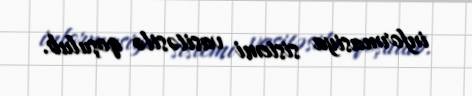
informasiya sistemi vasitəsilə qoşulub.